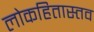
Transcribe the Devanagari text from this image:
लोकहितास्तव